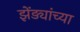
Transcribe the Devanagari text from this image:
झेंड्यांच्या